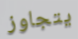
يتجاوز